Report of the Indian Hemp Drugs Commission, 1894-1895 - Volume VII
Year: 1894
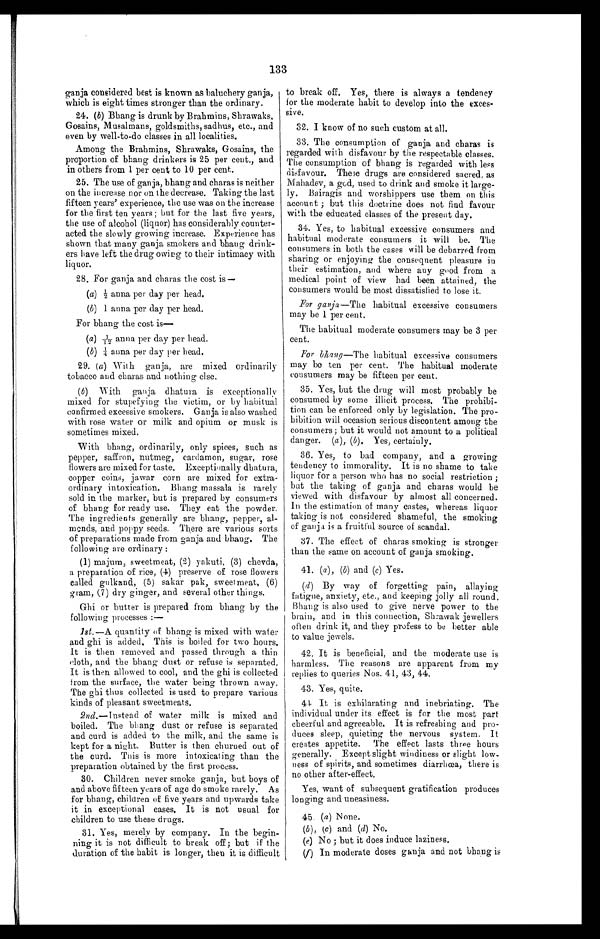
133
ganja considered best is known as baluchery ganja,
which is eight times stronger than the ordinary.
2 4
. ( b ) B h a n g i s d r u n k b y B r a h m i n s , S h r a w a k s ,
Gosains, Musalmans, goldsmiths, sadhus, etc., and
even by well-to-do classes in all localities.
Among the Brahmins, Shrawaks, Gosains, the
proportion of bhang drinkers is 25 per cent., and
in others from 1 per cent to 10 per cent.
25. The use of ganja, bhang and charas is neither
on the increase nor on the decrease. Taking the last
fifteen years' experience, the use was on the increase
for the first ten years; but for the last five years,
the use of alcohol (liquor) has considerably counter
- a c t e d t h e s l o w l y g r o w i n g i n c r e a s e . E x p e r i e n c e h a s
shown that many ganja smokers and bhang drink
-
ers have left the drug owing to their intimacy with
liquor.
28. For ganja and charas the cost is —
(a) ½ anna per day per head.
(b) 1 anna per day per head.
For bhang the cost is—
( a ) 1/12 anna per day per head.
(b) ¼ anna per day per head.
29. ( a) With ganja, are mixed ordinarily
tobacco and charas and nothing else.
(b) With ganja dhatura is exceptionally
mixed for stupefying the victim, or by habitual
confirmed excessive smokers. Ganja is also washed
with rose water or milk and opium or musk is
sometimes mixed.
With bhang, ordinarily, only spices, such as
pepper, saffron, nutmeg, cardamon, sugar, rose
flowers are mixed for taste. Exceptionally dhatura,
copper coins, jawar corn are mixed for extra
-
ordinary intoxication. Bhang massala is rarely
sold in the marker, but is prepared by consumers
of bhang for ready use. They eat the powder.
The ingredients generally are bhang, pepper, al
-
mends, and poppy seeds. There are various sorts
of preparations made from ganja and bhang. The
following are ordinary:
(1) majum, sweetmeat, (2) yakuti, (3) chevda,
a p r e p a r a t i o n o f r i c e ,
( 4 )
p r e s e r v e o f r o s e f l o w e r s
called gulkand, (5) sakar pak, sweetmeat, (6)
gram, (7) dry ginger, and several other things.
Ghi or butter is prepared from bhang by the
following processes:—
1st.—A quantity of bhang is mixed with water
and ghi is added. This is boiled for two hours.
It is then removed and passed through a thin
cloth, and the bhang dust or refuse is separated.
It is then allowed to cool, and the ghi is collected
from the surface, the water being thrown away.
The ghi thus collected is used to prepare various
kinds of pleasant sweetmeats.
2nd.—Instead of water milk is mixed and
boiled. The bhang dust or refuse is separated
and curd is added to the milk, and the same is
kept for a night. Butter is then churned out of
the curd. This is more intoxicating than the
preparation obtained by the first process.
30. Children never smoke ganja, but boys of
and above fifteen years of age do smoke rarely. As
for bhang, children of five years and upwards take
it in exceptional cases. It is not usual for
children to use these drugs .
31. Yes, merely by company. In the begin
-
ning it is not difficult to break off; but if the
duration of the habit is longer, then it is difficult
to break off. Yes, there is always a tendency
for the moderate habit to develop into the exces
-
sive.
3 2 . I k n o w o f n o s u c h c u s t o m a t a l l .
33. The consumption of ganja and charas is
regarded with disfavour by the respectable classes.
The consumption of bhang is regarded with less
disfavour. These drugs are considered sacred, as
Mahadey, a god, used to drink and smoke it large
-
ly. Bairagis and worshippers use them on this
account; but this doctrine does not find favour
with the educated classes of the present day.
34. Yes, to habitual excessive consumers and
habitual moderate consumers it will be. The
consumers in both the cases will be debarred from
sharing or enjoying the consequent pleasure in
their estimation, and where any good from a
medical point of view had been attained, the
consumers would be most dissatisfied to lose it.
For ganja—The habitual excessive consumers
may be 1 per cent.
The habitual moderate consumers may be 3 per
cent.
For bhang—The habitual excessive consumers
may be ten per cent. The habitual moderate
consumers may be fifteen per cent.
35. Yes, but the drug will most probably be
consumed by some illicit process. The prohibi
-
tion can be enforced only by legislation. The pro
-
hibition will occasion serious discontent among the
consumers; but it would not amount to a political
danger. (a), (b). Yes, certainly.
36. Yes, to bad company, and a growing
tendency to immorality. It is no shame to take
liquor for a person who has no social restriction;
bat the taking of ganja and charas would be
viewed with disfavour by almost all concerned.
In the estimation of many
castes, whereas liquor
taking is not considered shameful, the smoking
of ganja is a fruitful source of scandal.
37. The effect of charas smoking is stronger
than the same on account of ganja smoking.
4 1 . (
a ) ,
( b ) a n d
( c ) Y e s .
(d) By way of forgetting pain, allaying
fatigue, anxiety, etc., and keeping jolly all round.
Bhang is also used to give nerve power to the
brain, and in this connection, Shrawak jewellers
often drink it, and they profess to be better able
to value jewels.
42. It is beneficial, and the moderate use is
harmless. The reasons are apparent from my
replies to queries Nos. 41, 43, 44.
43. Yes, quite.
44. It is exhilarating and inebriating. The
individual under its effect is for the most part
cheerful and agreeable. It is refreshing and pro
-
duces sleep, quieting the nervous system. It
creates appetite. The effect lasts three hours
generally. Except slight windiness or slight low-
- n e s s o f s p i r i t s , a n d s o m e t i m e s d i a r r h œ a , t h e r e i s
no other after-effect.
Yes, want of subsequent gratification produces
longing and uneasiness.
4 5 .
( a )
N o n e .
(b), (c) and (d) No.
(e) No; but it does induce laziness.
( f ) I n m o d e r a t e d o s e s g a n j a a n d n o t b h a n g i s